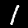
Label: 1